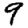
Digit: 9